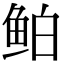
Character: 鲌